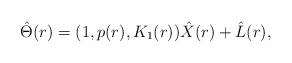
LaTeX: \begin{align*}\hat{\Theta}(r)=(1,p(r),K_{1}(r))\hat{X}(r)+\hat{L}(r),\end{align*}